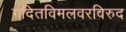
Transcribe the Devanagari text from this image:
गदितविमलवरविरुद